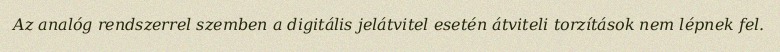
Az analóg rendszerrel szemben a digitális jelátvitel esetén átviteli torzítások nem lépnek fel.